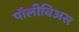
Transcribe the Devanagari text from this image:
पॉलीबिअस